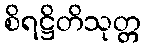
စိရဋ္ဌိတိသုတ္တ